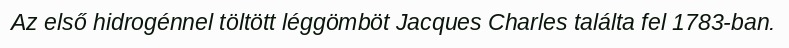
Az első hidrogénnel töltött léggömböt Jacques Charles találta fel 1783-ban.